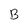
Character: B